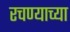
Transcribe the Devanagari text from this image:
रचण्याच्या